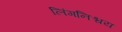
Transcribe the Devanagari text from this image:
लिंगनिश्चय